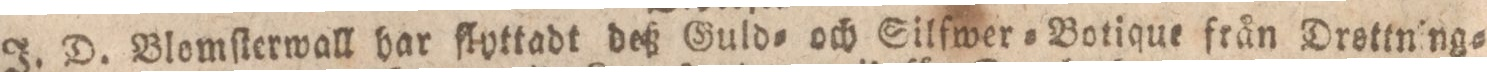
J. D. Blomſterwall har flyttadt deß Guld= och Silfwer=Botique från Drsttning=